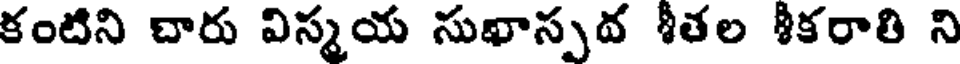
కంటిని చారు విస్మయ సుఖాస్పవ శీతల శీకరాతి ని